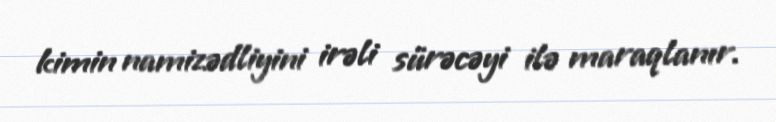
kimin namizədliyini irəli sürəcəyi ilə maraqlanır.